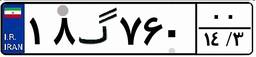
۱۸گ۷۶۰۰۰